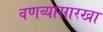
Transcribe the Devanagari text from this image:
वणव्यासारखा